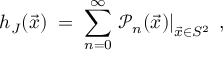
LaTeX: h _ { J } ( \vec { x } ) \; = \; \sum _ { n = 0 } ^ { \infty } \left. { \mathcal { P } } _ { n } ( \vec { x } ) \right| _ { \vec { x } \in S ^ { 2 } } \; ,